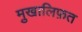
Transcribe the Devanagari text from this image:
मु़खालिफ़त